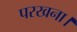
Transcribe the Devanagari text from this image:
परखना।